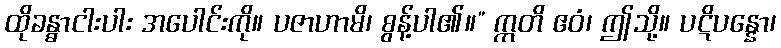
ထိုခန္ဓာငါးပါး အပေါင်းကို။ ပဇာဟာမိ၊ စွန့်ပါ၏။” ဣတိ ဧဝံ၊ ဤသို့။ ပဋိပန္နော၊